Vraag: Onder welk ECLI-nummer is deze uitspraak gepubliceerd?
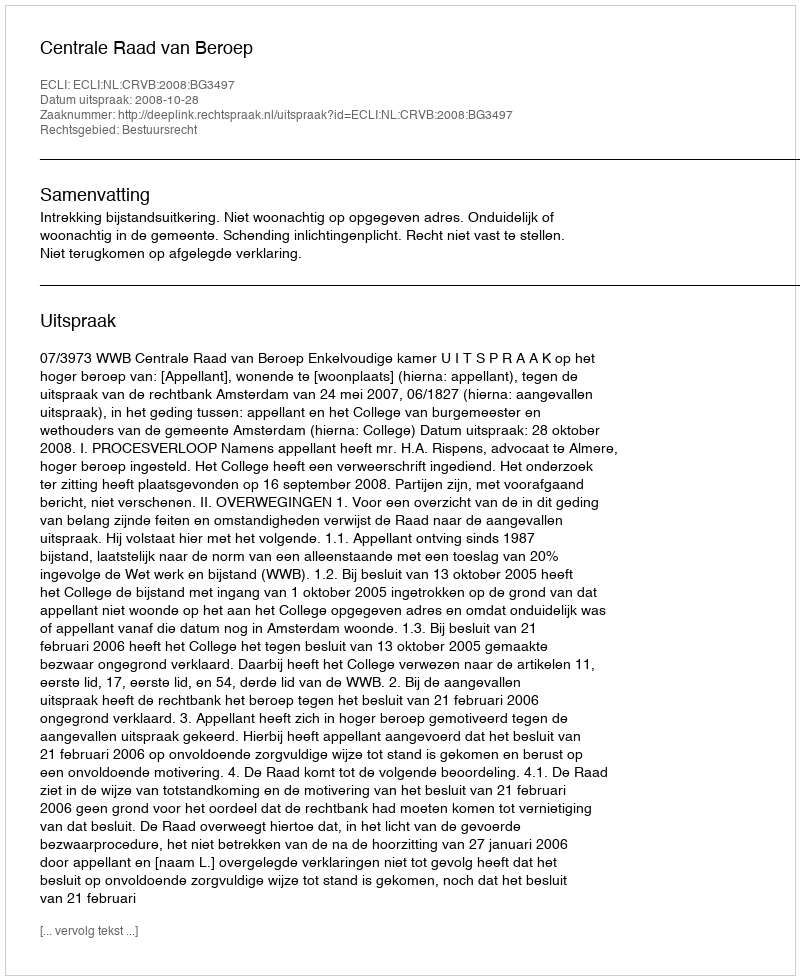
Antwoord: ECLI:NL:CRVB:2008:BG3497